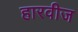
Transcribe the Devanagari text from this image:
हारवीज